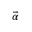
\scriptstyle { \vec { \alpha } }